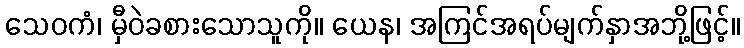
သေဝကံ၊ မှီဝဲခစားသောသူကို။ ယေန၊ အကြင်အရပ်မျက်နှာအဘို့ဖြင့်။